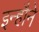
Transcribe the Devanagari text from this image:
इन्हौने